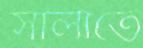
সালাতে